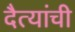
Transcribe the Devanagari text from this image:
दैत्यांची